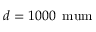
d = 1 0 0 0 \, \mathrm { \ m u m }